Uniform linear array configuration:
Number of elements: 48
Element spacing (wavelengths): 0.75
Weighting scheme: hann
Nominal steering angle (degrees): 30
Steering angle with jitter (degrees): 29.917
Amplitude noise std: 0.05
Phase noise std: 0.05

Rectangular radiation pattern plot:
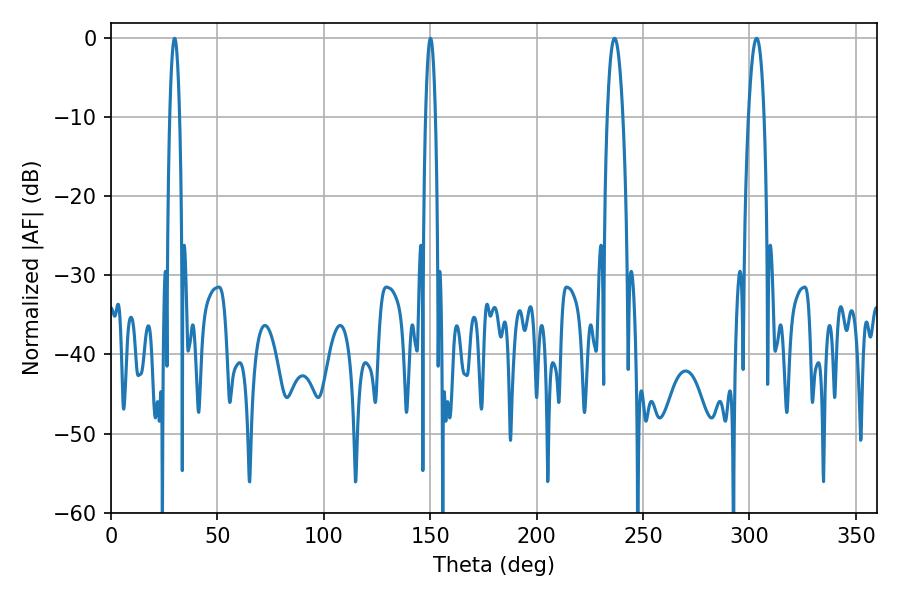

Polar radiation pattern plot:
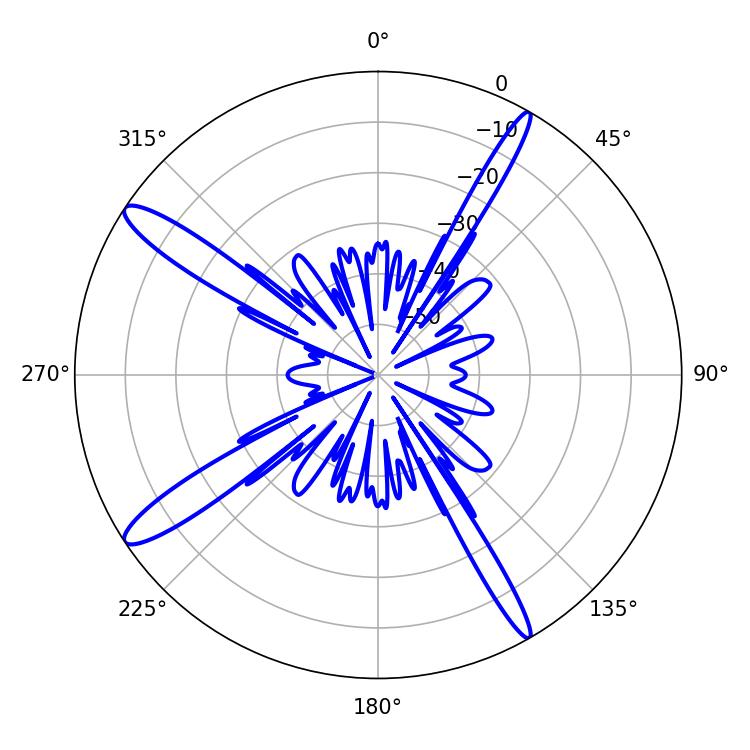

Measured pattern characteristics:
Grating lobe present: TRUE
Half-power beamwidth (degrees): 2.52
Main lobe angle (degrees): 29.88